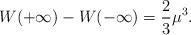
LaTeX: \begin{align*}W(+ \infty) - W(- \infty) = {2\over 3} \mu^3.\end{align*}